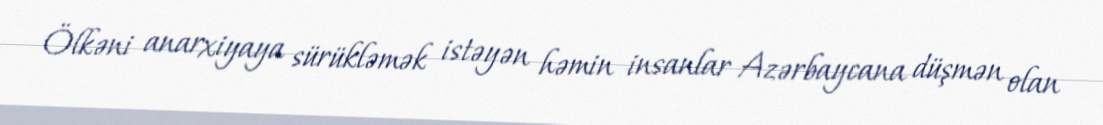
Ölkəni anarxiyaya sürükləmək istəyən həmin insanlar Azərbaycana düşmən olan